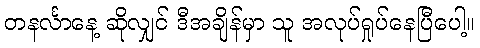
တနင်္လာနေ့ ဆိုလျှင် ဒီအချိန်မှာ သူ အလုပ်ရှုပ်နေပြီပေါ့။